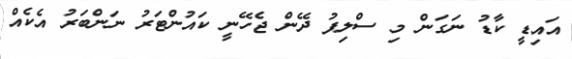
އައިޑީ ކާޑު ނަގަން މި ސްލިޕު ދޭން ޖެހޭނީ ކައުންޓަރު ނަންބަރު އެކެއް